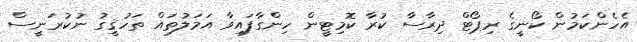
އެހެންކަމުން ކޯނީގެ ރިޕޯޓް ދިރާސާ ކުރާ ކޮމިޓީން ހިންގާފައިވާ އަމަލުތައް ތަހުޤީގު ނުކުރަނީސް